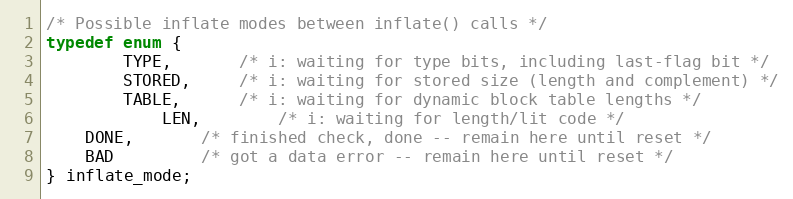
Language: C
/* Possible inflate modes between inflate() calls */
typedef enum {
        TYPE,       /* i: waiting for type bits, including last-flag bit */
        STORED,     /* i: waiting for stored size (length and complement) */
        TABLE,      /* i: waiting for dynamic block table lengths */
            LEN,        /* i: waiting for length/lit code */
    DONE,       /* finished check, done -- remain here until reset */
    BAD         /* got a data error -- remain here until reset */
} inflate_mode;